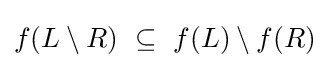
f(L\setminus R)~\subseteq ~f(L)\setminus f(R)